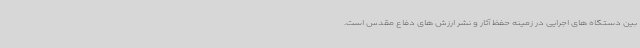
بین دستگاه های اجرایی در زمینه حفظ آثار و نشر ارزش های دفاع مقدس است.